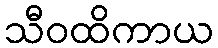
သီဝထိကာယ